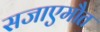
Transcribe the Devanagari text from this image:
सजाएमौत